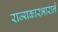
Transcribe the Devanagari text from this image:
राज्यकारभाराने